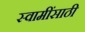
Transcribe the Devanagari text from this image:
स्वामींसाठी